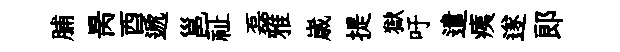
脯昺酉遞邕祉磊雅𡻕提獄吁遣痍遂郎